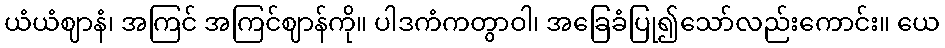
ယံယံဈာနံ၊ အကြင် အကြင်ဈာန်ကို။ ပါဒကံကတွာဝါ၊ အခြေခံပြု၍သော်လည်းကောင်း။ ယေ